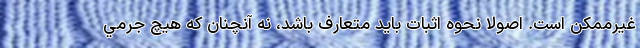
غيرممكن است. اصولا نحوه اثبات بايد متعارف باشد، نه آنچنان كه هيچ جرمي